Annual administration report of the Civil Veterinary Department of India - 1898-1899
Year: 1898
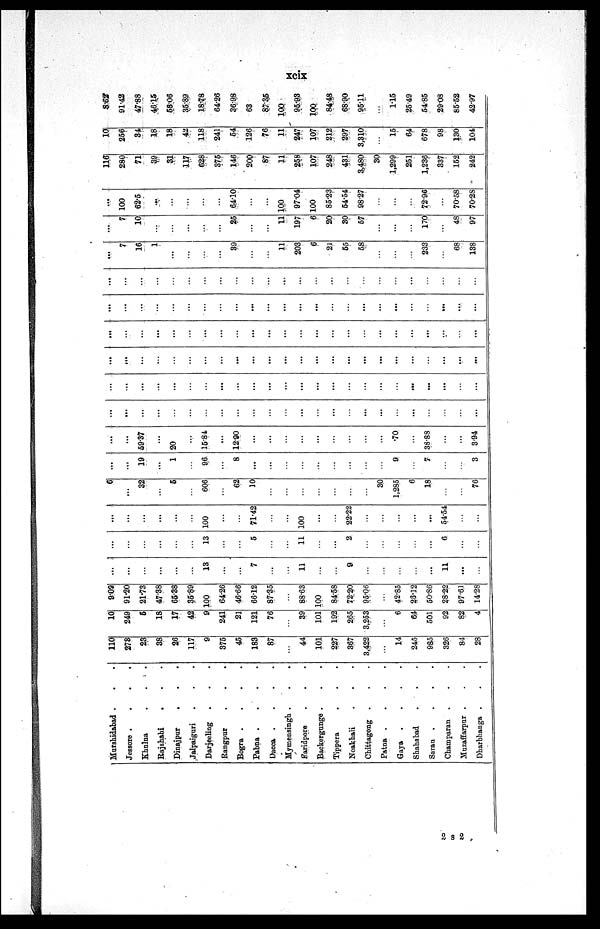
xcix
Murshidabad . . .
Jessore . . ..
Khulna . . .
Rajshabi . . .
Dinajpur
. . .
Jalpaiguri . . .
Darjeeling . . .
Rangpur . . .
Bogra . . . .
Pabna . . . .
Dacca . . . .
Mymensingh . . .
Earidpore . . .
Backergunge . . .
Tippera . . .
Noakhaii . . .
Chittagong . . .
Patna . . . .
Gaya . . . .
Shahabad . . .
Saran . . . .
Champaran . . .
Muzaffarpur . . .
Dharbhanga . . .
110
278
23
38
26
117
9
375
45
183
87
...
44
101
227
367
3,422
...
14
245
985
326
84
28
10
249
6
18
17
42
9
241
21
121
76
...
39
101
192
265
3,253
...
6
64
501
92
82
4
9.09
91.20
21.73
47.38
65.38
35.89
100
64.26
46.66
66.12
87.35
...
88.63
100
84.58
72.20
95.06
...
42.85
26.12
50.86
28.22
97.61
14.28
...
...
...
...
...
...
13
...
...
7
...
...
11
...
...
9
...
...
...
...
...
11
...
...
...
...
...
...
...
...
13
...
...
5
...
...
11
...
...
2
...
...
...
...
...
6
...
...
...
...
...
...
...
...
100
...
...
71.42
...
...
100
...
...
22.22
...
...
...
...
...
54.54
...
...
6
...
32
...
5
...
606
...
62
10
...
...
...
...
...
...
...
30
1,285
6
18
...
...
76
...
...
19
...
1
...
96
...
8
...
...
...
...
...
...
...
...
...
9
7
...
...
3
...
...
59.37
...
20
...
15.84
...
12.00
...
...
...
...
...
...
...
...
...
.70
...
38.88
...
...
3.94
...
...
...
...
...
...
...
...
...
...
...
...
...
...
...
...
...
...
...
...
...
...
...
...
...
...
...
...
...
...
...
...
...
...
...
...
...
...
...
...
...
...
...
...
...
...
...
...
...
...
...
...
...
...
...
...
...
...
...
...
...
...
...
...
...
...
...
...
...
...
...
...
...
...
...
...
...
...
...
...
...
...
...
...
...
...
...
...
...
...
...
...
...
...
...
...
...
...
...
...
...
...
...
...
...
...
...
...
...
...
...
...
...
...
...
...
...
...
...
...
...
...
...
...
...
...
...
...
...
...
...
...
...
...
...
...
...
...
...
...
...
...
...
...
...
7
16
1
...
...
...
...
39
...
...
11
203
6
21
55
58
...
...
...
233
...
68
138
...
7
10
...
...
...
...
...
25
...
...
11
197
6
20
30
57
...
...
...
170
...
48
97
...
100
62.5
...
...
...
...
...
64.10
...
...
100
97.04
100
85.23
54.54
98.27
...
...
...
72.96
...
70.58
70.28
116
280
71
39
31
117
628
375
146
200
87
11
258
107
248
431
3,480
30
1,299
251
1,236
337
152
242
10
256
34
18
18
42
118
241
54
126
76
11
247
107
212
297
3,310
...
15
64
678
98
130
104
8.62
91.42
47.88
46.15
58.06
35.89
18.78
64.26
36.98
63
87.35
100
95.93
100
84-48
68.90
95.11
...
1.15
25.49
54.85
29.08
85.52
42.97
2 S 2